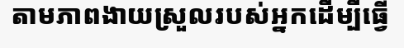
តាមភាពងាយស្រួលរបស់អ្នកដើម្បីធ្វើ